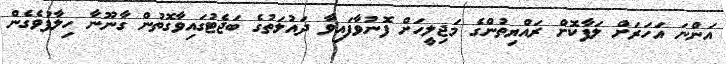
އަންނަ އަހަރަށް ލަފާކޮށް ރައްޔިތުންގެ މަޖިލީހަށް ފޮނުވާފައިވާ ދައުލަތުގެ ބަޖެޓުގައިވާގޮތުން ގާނޫނާ ހިލާފުވެގެން